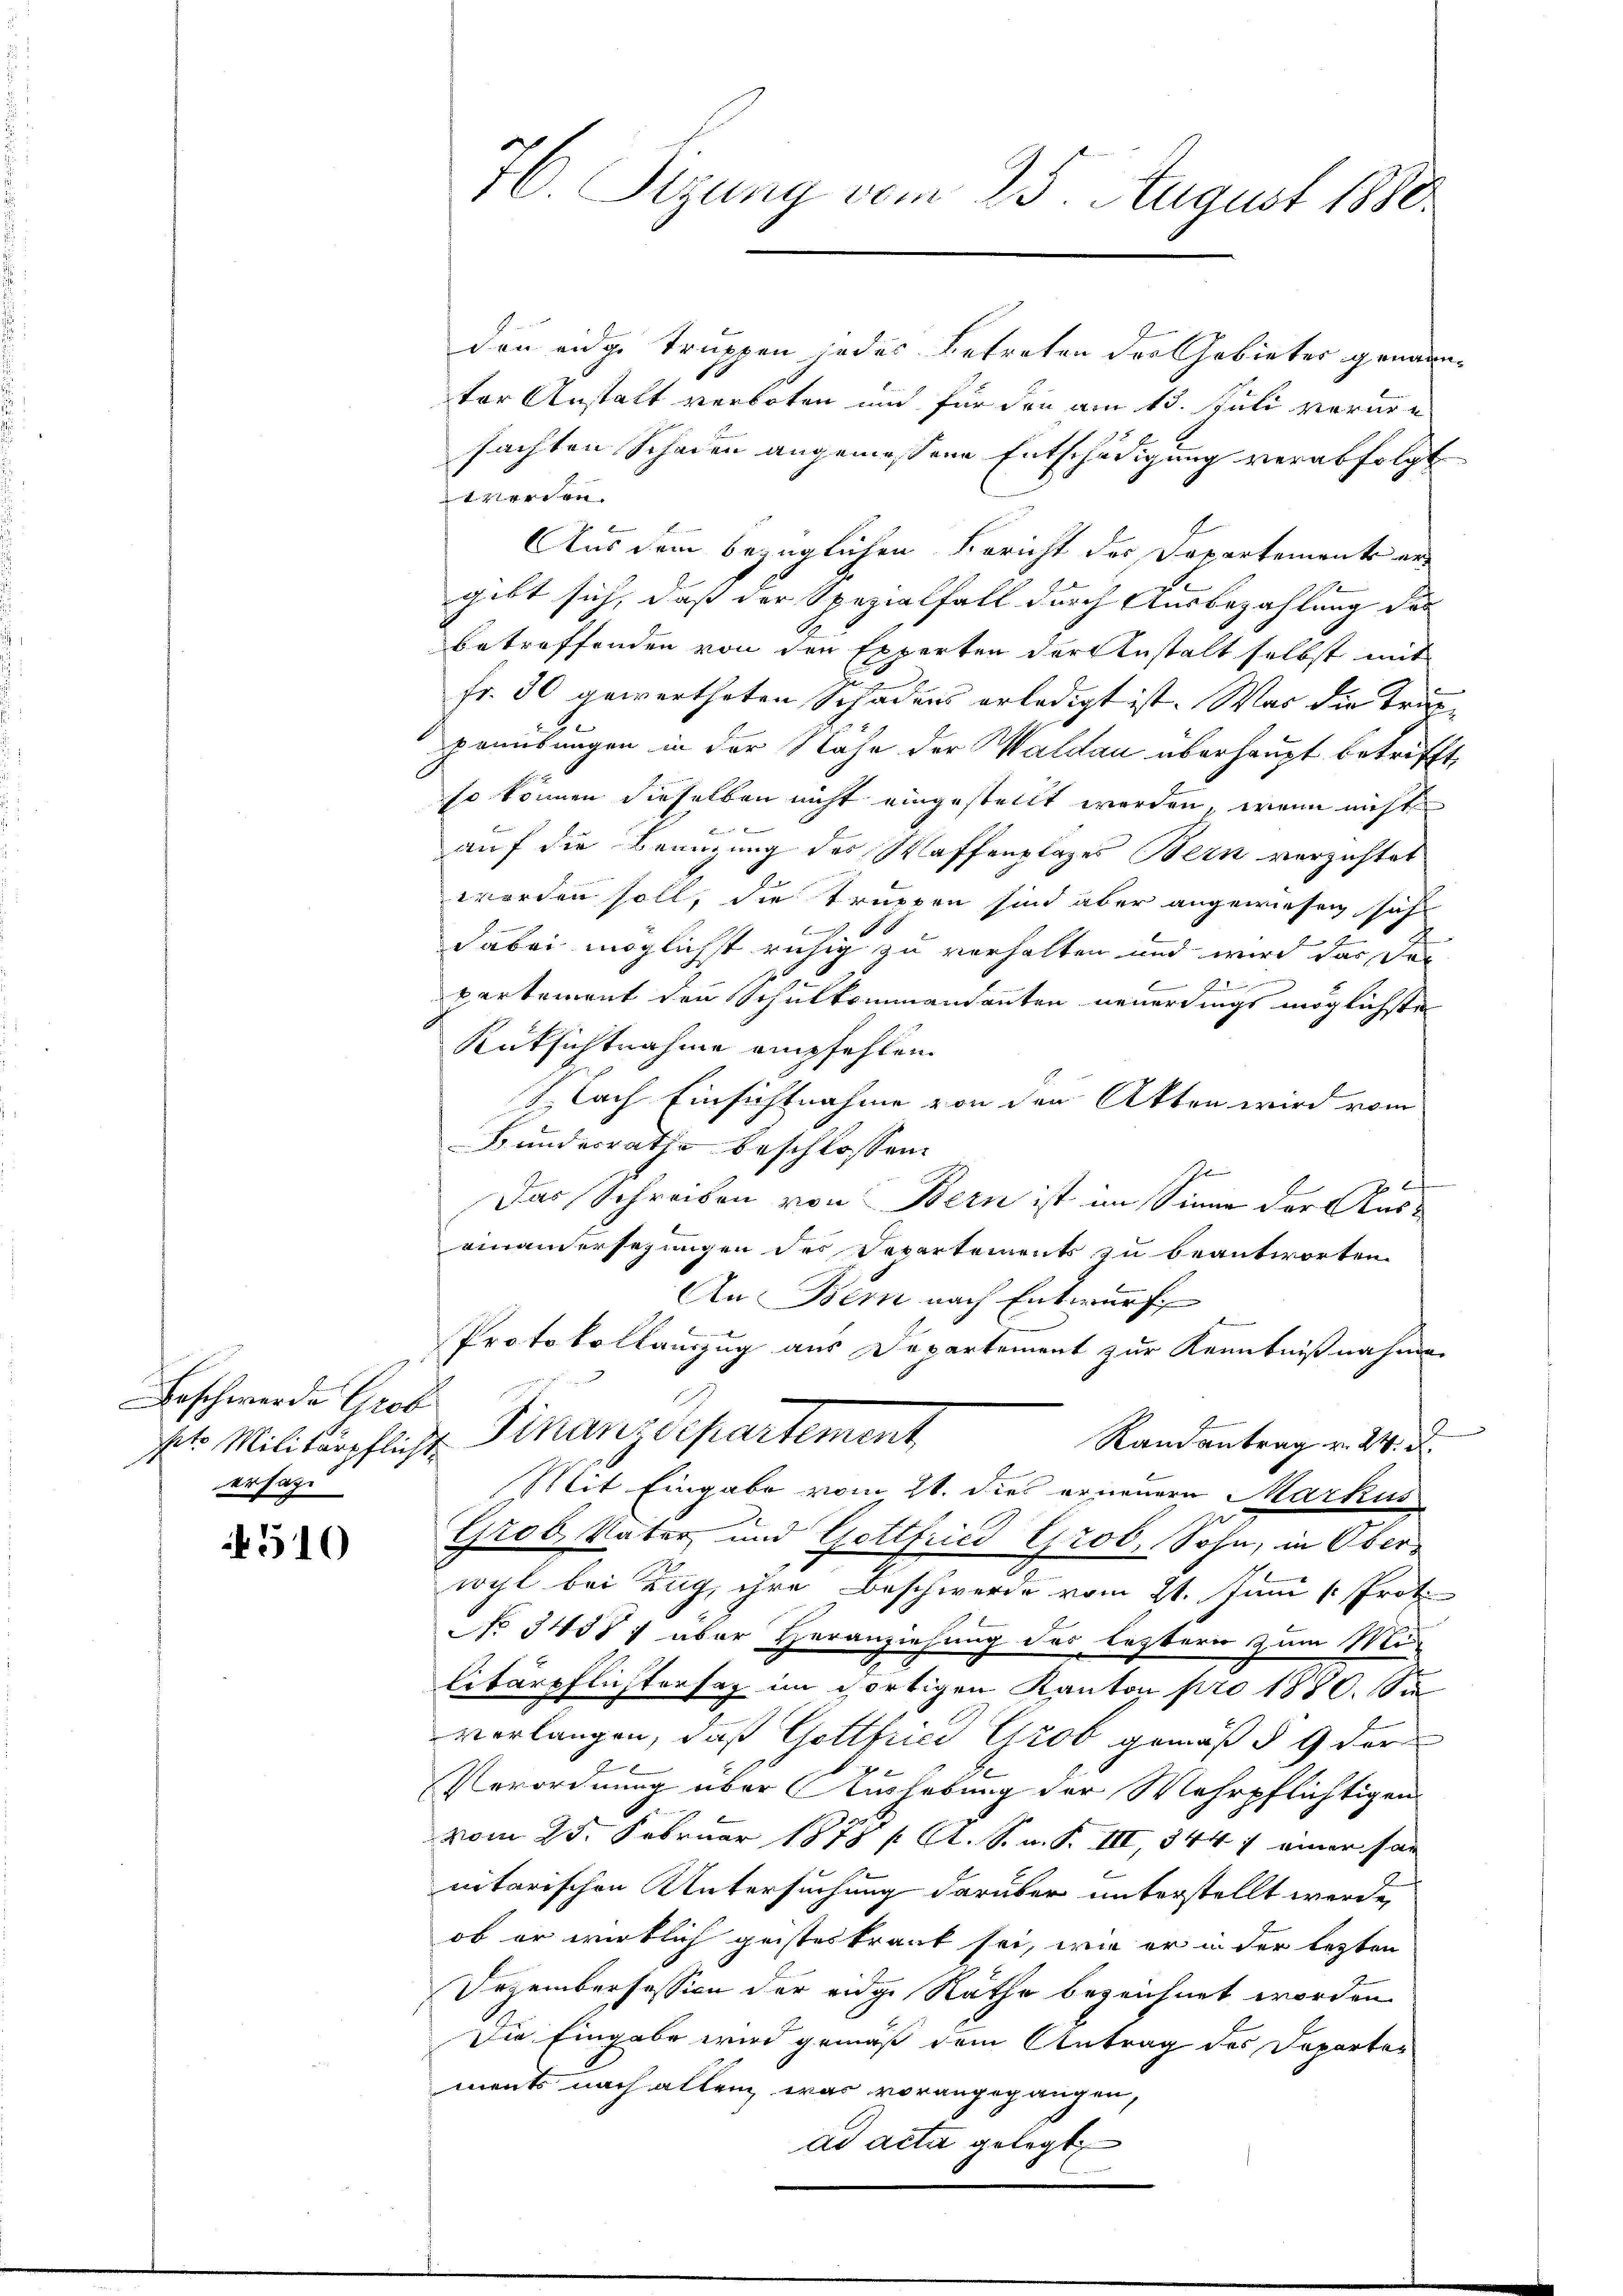
Beschwerde Gros
ersage

510

dan eidge truppen jedes Betreten der Gebieter genann¬
1
ter Anstalt verboten und für den am 13. Juli vornen
sachten Schaden angemessene Entschädigung verabfolgt
twerden.
Aus dem bezüglichen Bericht des Departemente an
gibt sich, daß der Spezialfall durch Ausbezahlung des
betreffenden von den Experten der Anstalt selbst mit
fr. 30 gewertheten Schadens erledigt ist. Was die Truppruübungen in der Nähe der Waldau überhaupt betrifft,
so können dieselben nicht eingestellt werden, wenn nicht
x
auf die Beanzung des Waffenplages Bern verzichtet
worden soll, die Truppen sind aber angewiesen sich
A
1
dabei möglichst ruhig zu verhalten und wird das dann
f x
b
verkoment den Schulkommandanten neuerdings möglichste
Rüksichtnahme empfehlen.
lach Einsichtnahme von den Akten wird vom
Bundesrathe beschlossen:
e
E
Das Schreiben von Bern ist im Sinne der Auseinandersehungen des Departements zu beantworten.
An Bern nach Entwurf
Protokollanzug aus Departement zur Kenntnißnahmen
st. Militärpflicht Finanzdepartement,
Randantrag v. 24. d.
Mit Eingabe vom 21. dies erneuern Markus
Grob. Vater und Gottfried Grob, Sohn, in Oberwyl bei Zug, ihre Beschwerde vom 21. Juni [ Prot.
No 34557 aber Heranziehung des leztern zum Mi-
litärpflichtersag im Fortigen Kanton pro 1880. Sie
verlangen, daß Gottfried Grob gemäß § 9 der
Verordnung über Aushebung der Wehrpflichtigen
vom 25. Februar 1878 f. A. S. n. F. III, 344 7 einer san
nitarischen Untersuchung darüber unterstellt werde,
ob er wirklich geisteskraut sei, wie er in der lezten
Dezembersession der eidge Räthe bezeichnet worden
Die Eingabe wird gemäß dem Antrag des Doparten
ments nach allen war vorangegangen,
ad acta gelegt

76. Sigung vom 25. August 1880.